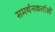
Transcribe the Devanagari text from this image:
समर्थनकर्ताओं